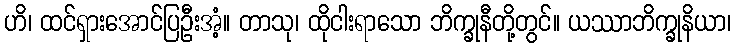
ဟိ၊ ထင်ရှားအောင်ပြဦးအံ့။ တာသု၊ ထိုငါးရာသော ဘိက္ခုနီတို့တွင်။ ယဿာဘိက္ခုနိယာ၊